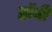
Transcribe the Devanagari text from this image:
हाॅबी